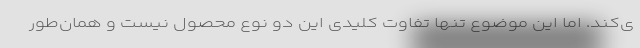
ی‌کند. اما این موضوع تنها تفاوت کلیدی این دو نوع محصول نیست و همان‌طور